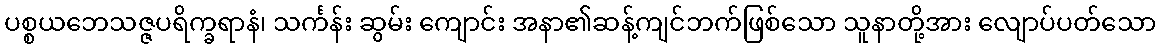
ပစ္စယဘေသဇ္ဇပရိက္ခရာနံ၊ သင်္ကန်း ဆွမ်း ကျောင်း အနာ၏ဆန့်ကျင်ဘက်ဖြစ်သော သူနာတို့အား လျောပ်ပတ်သော